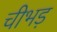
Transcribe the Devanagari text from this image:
चीभड़